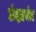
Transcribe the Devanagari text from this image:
छंदप्रबंध